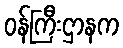
ဝန်ကြီးဌာနက